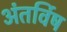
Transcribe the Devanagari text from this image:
अंतर्विष